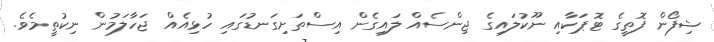
ޝިފޯން ފޮތީގެ ޓޮޕަކާއި ނޫކުލައިގެ ޖިންސެއް ލައިގެން އިސްތަށިގަނޑުގައި ހުޅިއެއް ޖަހާލަމުން ނިކުތީމެވެ.